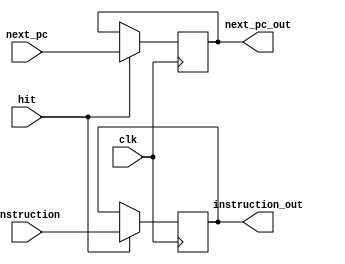
`timescale 1ns / 1ps

module IF_ID_reg (
	input clk,
	input [31:0] next_pc,
	input [31:0] instruction,
	input hit,
	output reg [31:0] next_pc_out,
	output reg [31:0] instruction_out
   );
	
	always @(negedge clk) begin
		if (hit == 1'b1) begin
			next_pc_out <= next_pc;
			instruction_out <= instruction;
		end
	end
	
endmodule